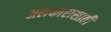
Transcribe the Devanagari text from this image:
अलंकारासाठी